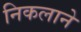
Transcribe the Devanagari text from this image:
निकलाने